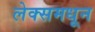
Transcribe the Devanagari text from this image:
लेक्समधून